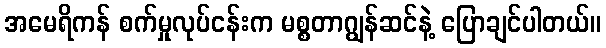
အမေရိကန် စက်မှုလုပ်ငန်းက မစ္စတာဂျွန်ဆင်နဲ့ ပြောချင်ပါတယ်။